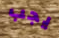
يجب